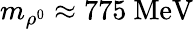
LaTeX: m_{\rho^{0}}\approx 775\ \mathrm{{MeV}}